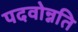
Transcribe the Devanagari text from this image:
पदवोन्नति